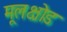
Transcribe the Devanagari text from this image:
मूलक्षोड